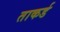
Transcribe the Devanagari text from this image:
ताकर्ड